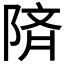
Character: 𫕅